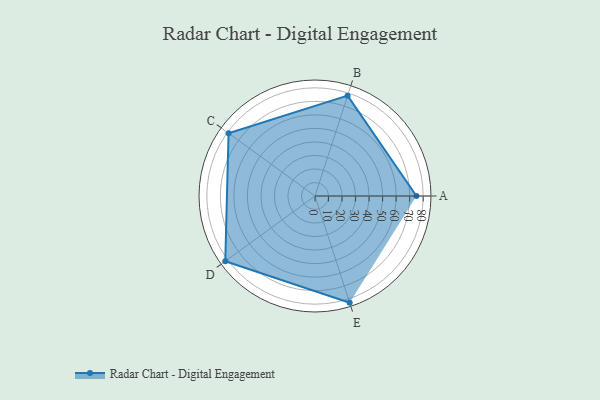
{"axis": {"x": "Skill", "y": "Score"}, "legend": ["Profile"], "data": [{"x": "A", "y": 75.0, "type": "Profile"}, {"x": "B", "y": 78.0, "type": "Profile"}, {"x": "C", "y": 79.0, "type": "Profile"}, {"x": "D", "y": 82.0, "type": "Profile"}, {"x": "E", "y": 83.0, "type": "Profile"}]}